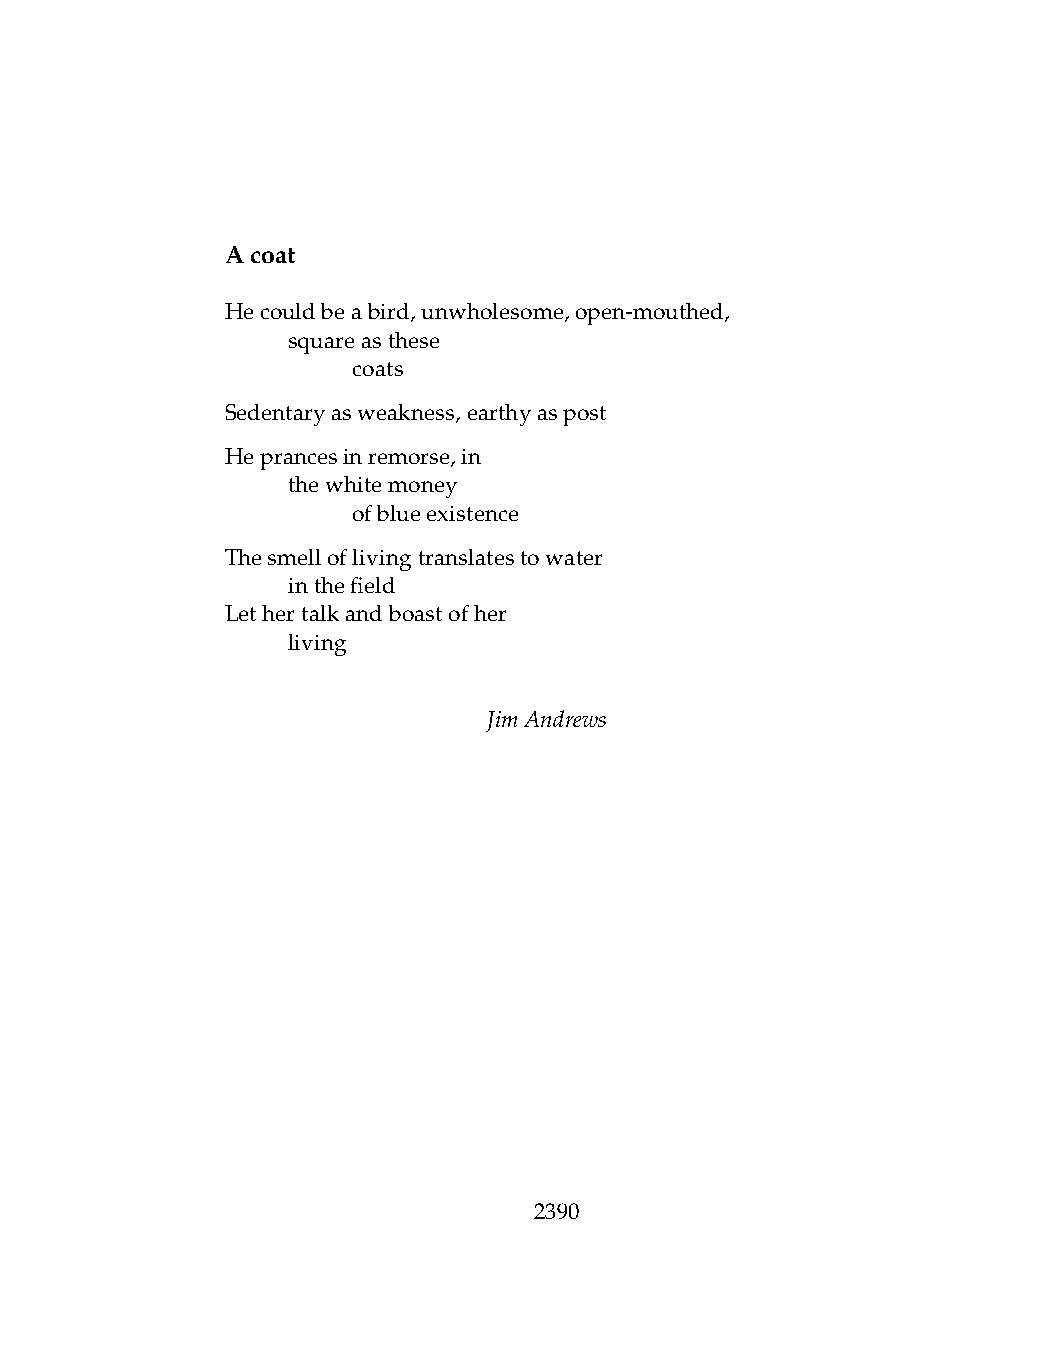
Acoat
 Hecouldbeabird,unwholesome,open-mouthed,
 .   squareasthese
 .   .   coats
 Sedentaryasweakness,earthyaspost
 Heprancesinremorse,in
 .   thewhitemoney
 .   .   ofblueexistence
 Thesmelloflivingtranslatestowater
 .   inthefield
 Lethertalkandboastofher
 .   living
 JimAndrews
 2390